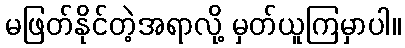
မဖြတ်နိုင်တဲ့အရာလို့ မှတ်ယူကြမှာပါ။